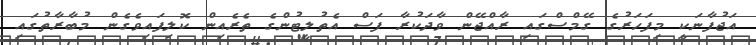
އަޖުފާނަކީ މިފަހަރުގެ ގޭމްސްގައި ރާއްޖޭން ވާދަކުރާ ފަސް އެތުލީޓުންގެ ތެރެއިން ކޮލިފައިވެގެން މުބާރާތުގައި